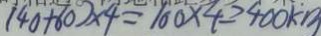
( 4 0 + 6 0 ) \times 4 = 1 0 0 \times 4 = 4 0 0 k m